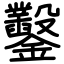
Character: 鑿